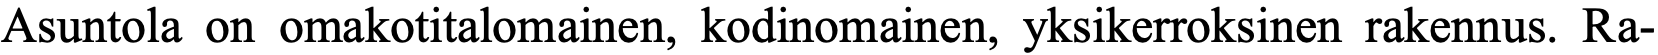
Asuntola on omakotitalomainen, kodinomainen, yksikerroksinen rakennus. Ra-